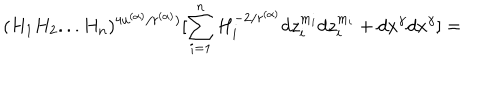
LaTeX: ( H _ { 1 } H _ { 2 } . . . H _ { n } ) ^ { 4 u ^ { ( \alpha ) } / r ^ { ( \alpha ) } ) } [ \sum _ { i = 1 } ^ { n } H _ { i } ^ { - 2 / r ^ { ( \alpha ) } } d z _ { i } ^ { m _ { i } } d z _ { i } ^ { m _ { i } } + d x ^ { \gamma } d x ^ { \gamma } ] =